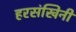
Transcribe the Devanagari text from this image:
हरसंखिनी